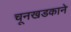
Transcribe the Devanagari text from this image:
चूनखडकाने